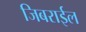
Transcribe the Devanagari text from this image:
जिबराईल